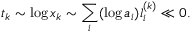
t _ { k } \sim \log x _ { k } \sim \sum _ { i } ( \log a _ { i } ) l _ { i } ^ { ( k ) } \ll 0 .